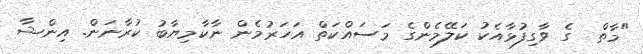
"މާތް  ގެ ވާގިފުޅާއެކު ކަލޭމެންގެ މަސައްކަތް އަހަރުމެން ނާކާމިޔާބު ކުރާނަން. އިންޝާ